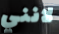
لانني